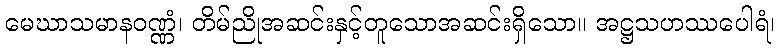
မေဃာသမာနဝဏ္ဏံ၊ တိမ်ညိုအဆင်းနှင့်တူသောအဆင်းရှိသော။ အဋ္ဌသဟဿပေါရံ၊